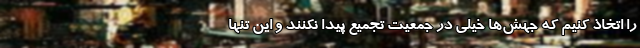
را اتخاذ کنیم که جهش‌ها خیلی در جمعیت تجمیع پیدا نکنند و این تنها